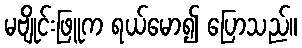
မဗျိုင်းဖြူက ရယ်မော၍ ပြောသည်။